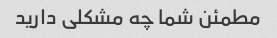
مطمئن شما چه مشکلی دارید